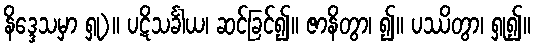
နိဒ္ဒေသမှာ ရှု)။ ပဋိသင်္ခါယ၊ ဆင်ခြင်၍။ ဇာနိတွာ၊ ၍။ ပဿိတွာ၊ ရှု၍။